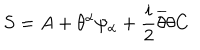
S = A + \theta ^ { \alpha } \psi _ { \alpha } + \frac { i } { 2 } \overline { { { \theta } } } \theta C